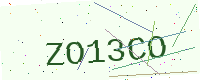
Text: ZO13CO